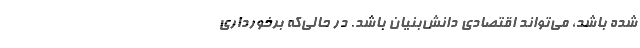
شده‌ باشد، می‌تواند اقتصادی دانش‌بنیان باشد. در حالی‌که برخورداری